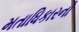
મતાધિકારનો